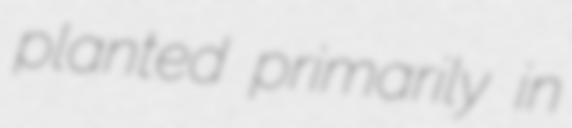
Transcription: planted primarily in